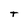
Character: T